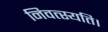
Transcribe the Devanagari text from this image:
निवत्स्यति।